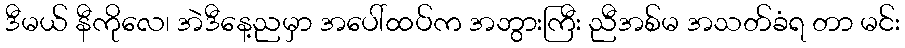
ဒီမယ် နီကိုလေ၊ အဲဒီနေ့ညမှာ အပေါ်ထပ်က အဘွားကြီး ညီအစ်မ အသတ်ခံရ တာ မင်း